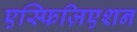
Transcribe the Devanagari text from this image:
एस्फिज़िएशन